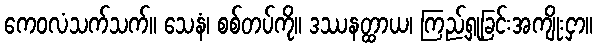
ကေဝလံသက်သက်။ သေနံ၊ စစ်တပ်ကို။ ဒဿနတ္ထာယ၊ ကြည့်ရှုခြင်းအကျိုးငှာ။